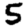
Digit: 5